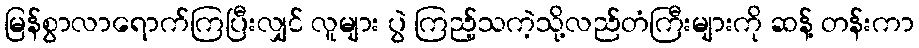
မြန်စွာလာရောက်ကြပြီးလျှင် လူများ ပွဲ ကြည့်သကဲ့သို့လည်တံကြီးများကို ဆန့် တန်းကာ